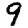
Digit: 9